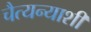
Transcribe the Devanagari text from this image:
चैत्यन्याशी